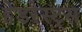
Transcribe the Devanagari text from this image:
हेडरेस्ट्स